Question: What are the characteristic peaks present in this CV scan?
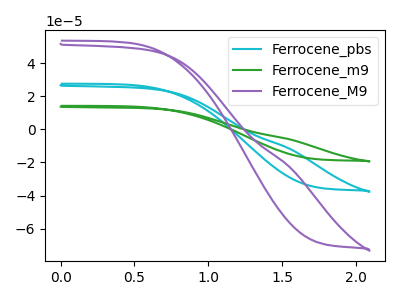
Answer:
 <answer>The cyan curve "Ferrocene_pbs" has no peaks. The green curve "Ferrocene_m9" has no peaks. The purple curve "Ferrocene_M9" has no peaks.</answer>
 <eval></eval>